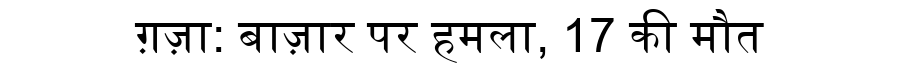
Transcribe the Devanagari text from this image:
ग़ज़ा: बाज़ार पर हमला, 17 की मौत